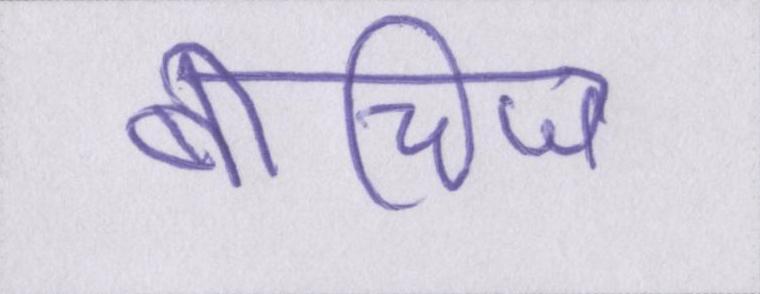
बीचिज